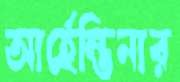
আর্হেন্তিনার